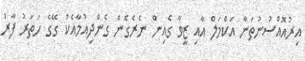
އިރުއޮއްސުނުތަނާ އަކްމަލް އާއި ޒީވާ ގެއިން ނެރެގެން ގެންދިއުމާއެކު ގޭގެ ހަތަރު ފާރު